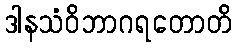
ဒါနသံဝိဘာဂရတောတိ